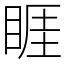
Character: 睚